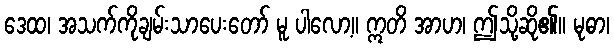
ဒေထ၊ အသက်ကိုချမ်းသာပေးတော် မူ ပါလော့။ ဣတိ အာဟ၊ ဤသို့ဆို၏။ မုဓာ၊